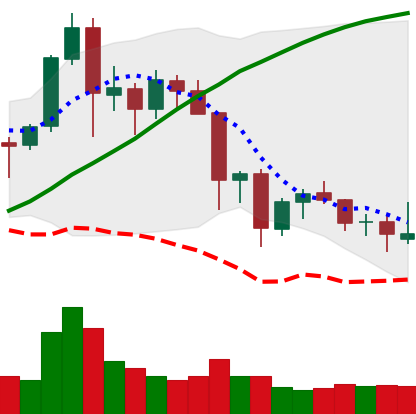
Ticker: NEO-USD
Chart end date: 2021-11-25
Forward return: -4.864%
Label: down_3_5